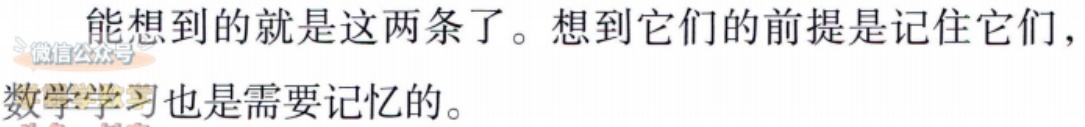
能想到的就是这两条了。想到它们的前提是记住它们，微信公众号
数学学习也是需要记忆的。